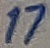
Text: 17